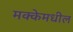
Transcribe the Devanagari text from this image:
मक्केमधील